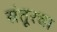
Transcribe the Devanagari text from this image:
संतूरचा